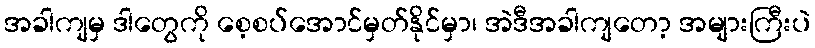
အခါကျမှ ဒါတွေကို စေ့စပ်အောင်မှတ်နိုင်မှာ၊ အဲဒီအခါကျတော့ အများကြီးပဲ